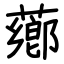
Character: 薌